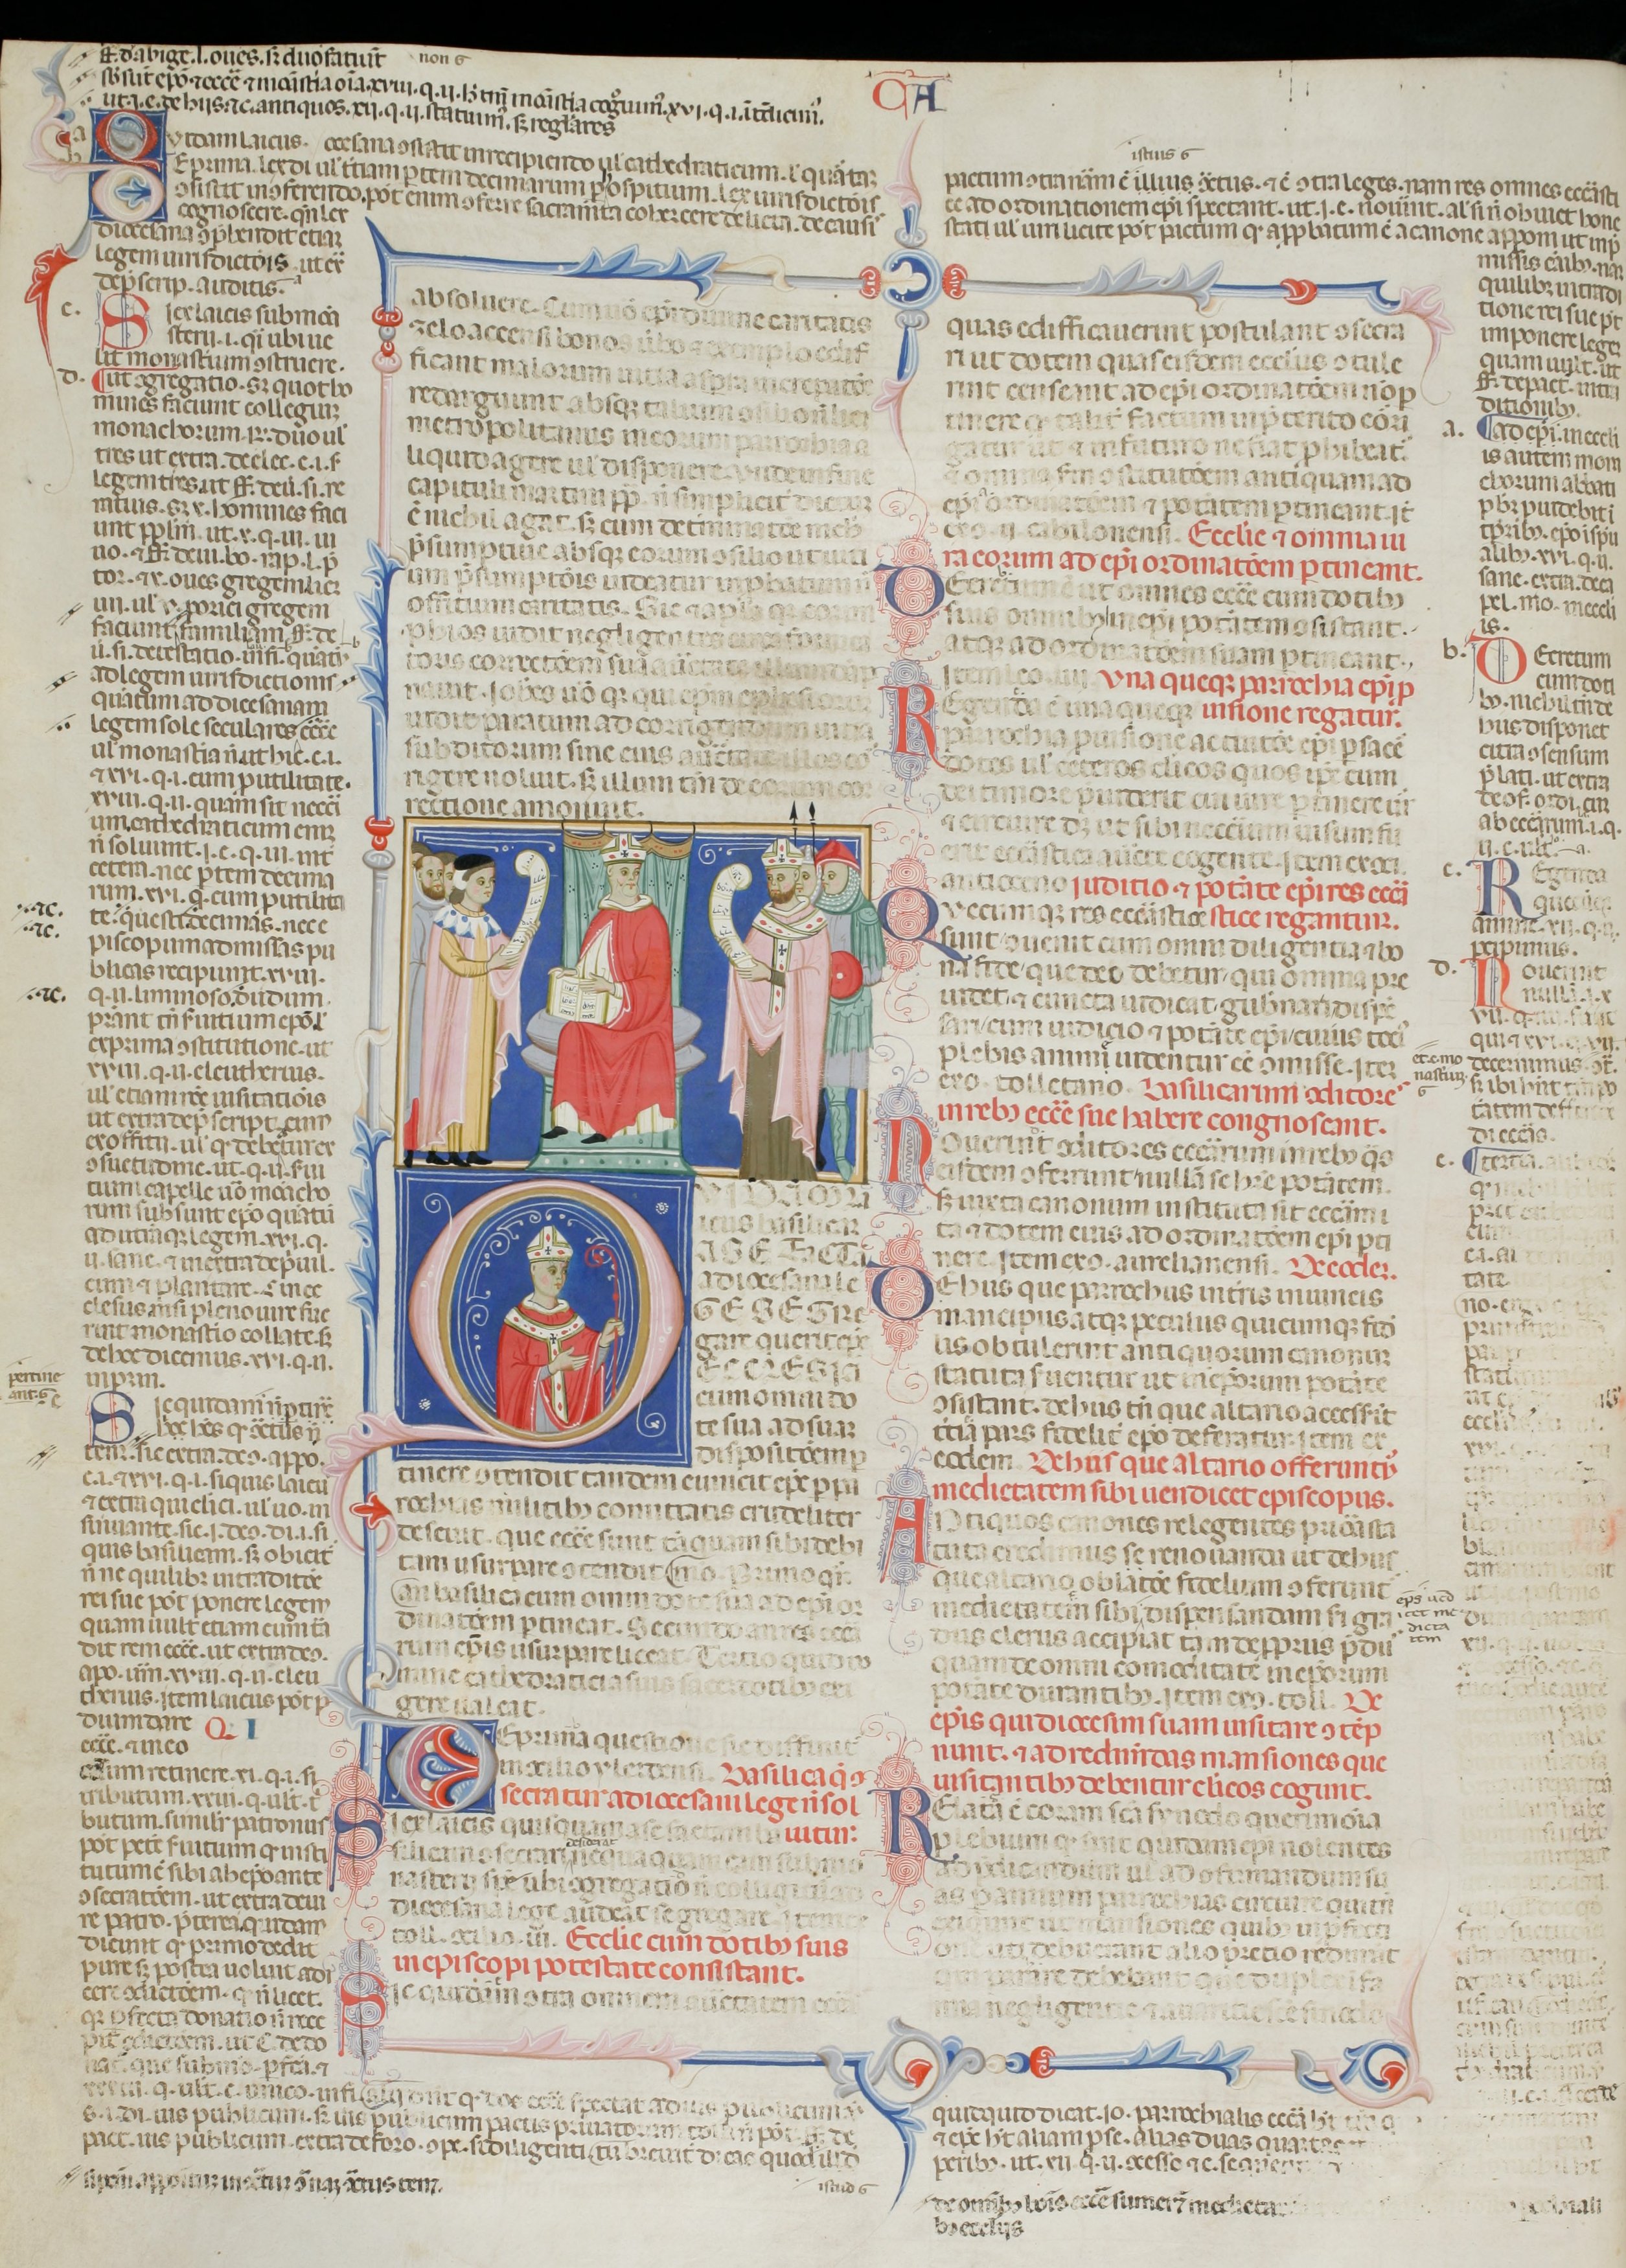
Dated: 1200–1399